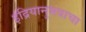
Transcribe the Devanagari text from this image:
इंद्रियानुभवाचा